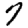
Digit: 7